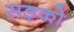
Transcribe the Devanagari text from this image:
सड़को़